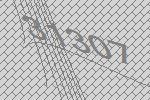
31307